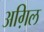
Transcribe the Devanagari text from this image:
अग़िल